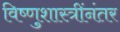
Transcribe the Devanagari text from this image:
विष्णुशास्त्रींनंतर